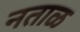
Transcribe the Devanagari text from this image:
नताळ